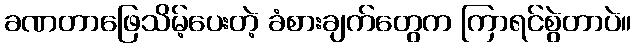
ခဏတာဖြေသိမ့်ပေးတဲ့ ခံစားချက်တွေက ကြာရင်စွဲတာပဲ။